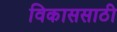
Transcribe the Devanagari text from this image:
विकाससाठी